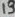
Text: 13